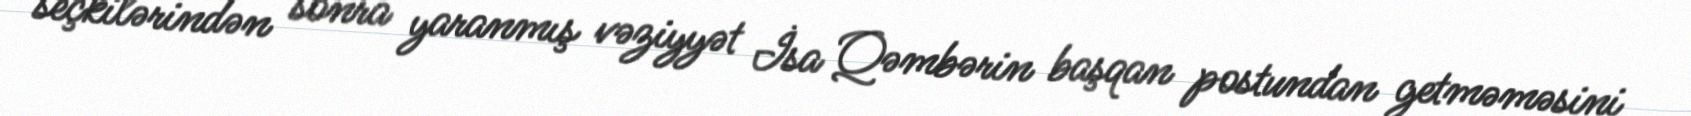
seçkilərindən sonra yaranmış vəziyyət İsa Qəmbərin başqan postundan getməməsini